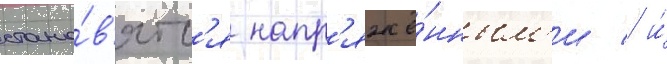
стано́в'ятс'я напр'яжё́нным'и / и́